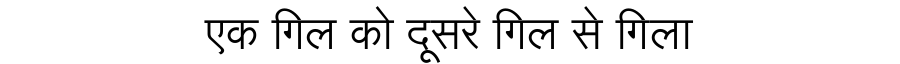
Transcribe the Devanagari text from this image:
एक गिल को दूसरे गिल से गिला